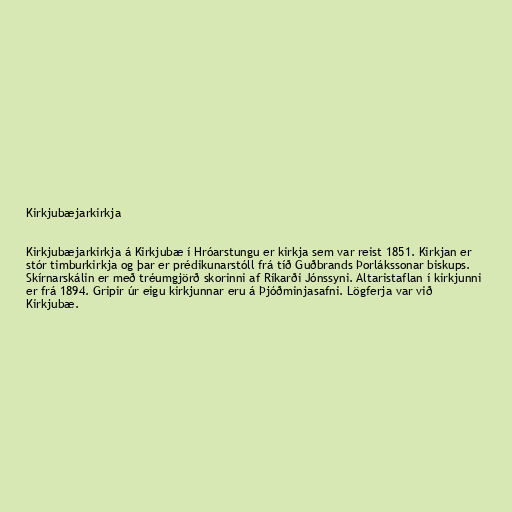
Kirkjubæjarkirkja

Kirkjubæjarkirkja á Kirkjubæ í Hróarstungu er kirkja sem var reist 1851. Kirkjan er
stór timburkirkja og þar er prédikunarstóll frá tíð Guðbrands Þorlákssonar biskups.
Skírnarskálin er með tréumgjörð skorinni af Ríkarði Jónssyni. Altaristaflan í kirkjunni
er frá 1894. Gripir úr eigu kirkjunnar eru á Þjóðminjasafni. Lögferja var við
Kirkjubæ.